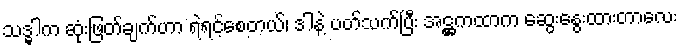
သဒ္ဓါက ဆုံးဖြတ်ချက်ဟာ ရဲရင့်စေတယ်၊ ဒါနဲ့ ပတ်သက်ပြီး အဋ္ဌကထာက ဆွေးနွေးထားတာလေး